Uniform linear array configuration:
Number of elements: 16
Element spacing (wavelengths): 1
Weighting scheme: blackman
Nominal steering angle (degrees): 0
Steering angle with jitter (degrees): -0.5679
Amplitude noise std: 0.05
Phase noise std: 0.05

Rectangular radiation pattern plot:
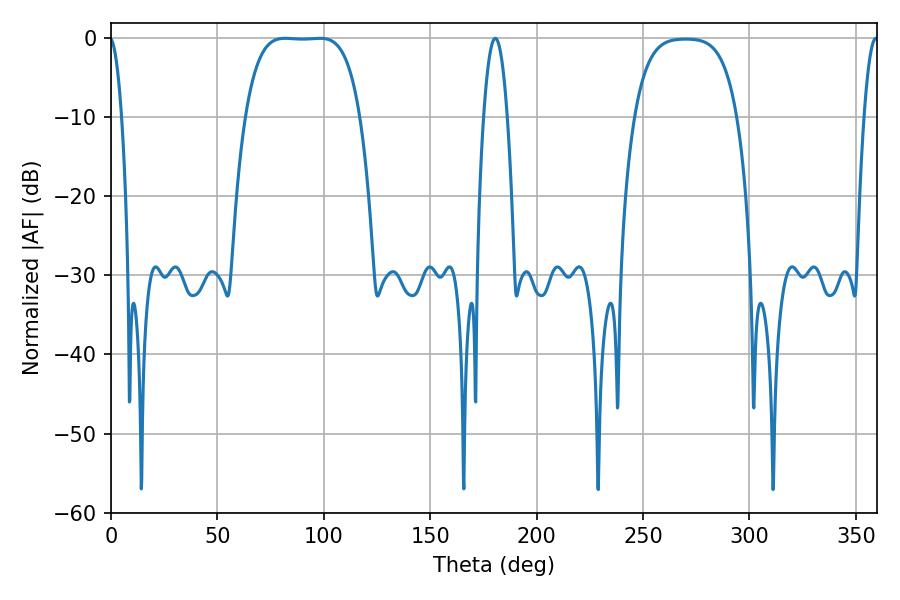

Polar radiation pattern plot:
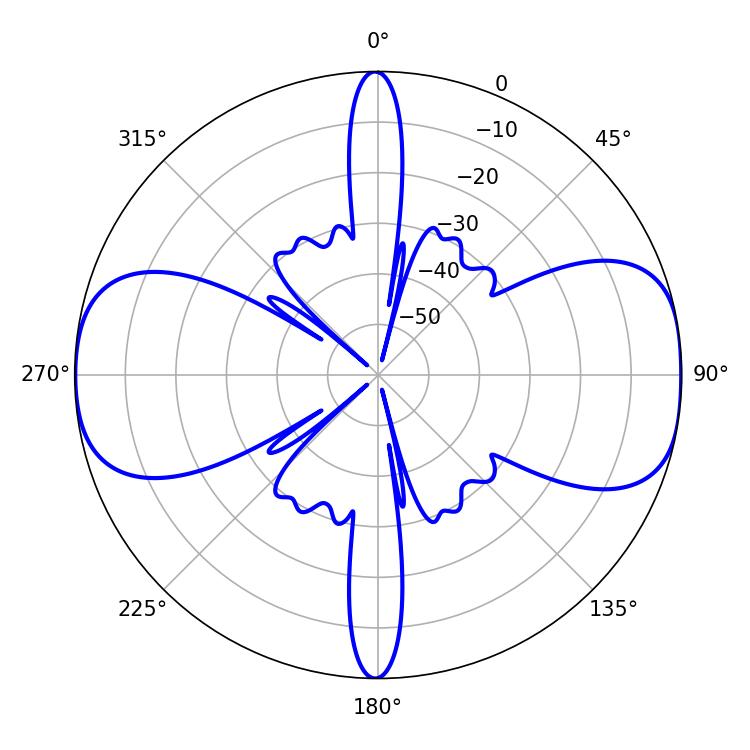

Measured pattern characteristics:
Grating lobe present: TRUE
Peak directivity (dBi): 11.851
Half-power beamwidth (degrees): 41.4
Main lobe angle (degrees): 81.9